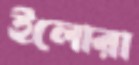
ইলোরা